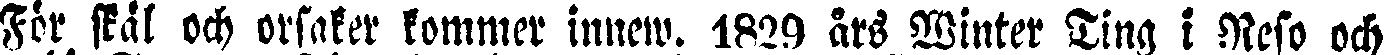
För skål och orsaker kommer innew. 1829 års Winter Ting i Neso och